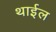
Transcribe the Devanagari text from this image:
थाईल